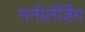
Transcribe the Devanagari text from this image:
मनीलेंडिंग